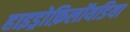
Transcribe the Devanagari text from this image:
हाइड्रोफ़िलॉयडिया